Annual statistical returns and brief notes on vaccination in Bengal - 1887-1898
Year: 1887
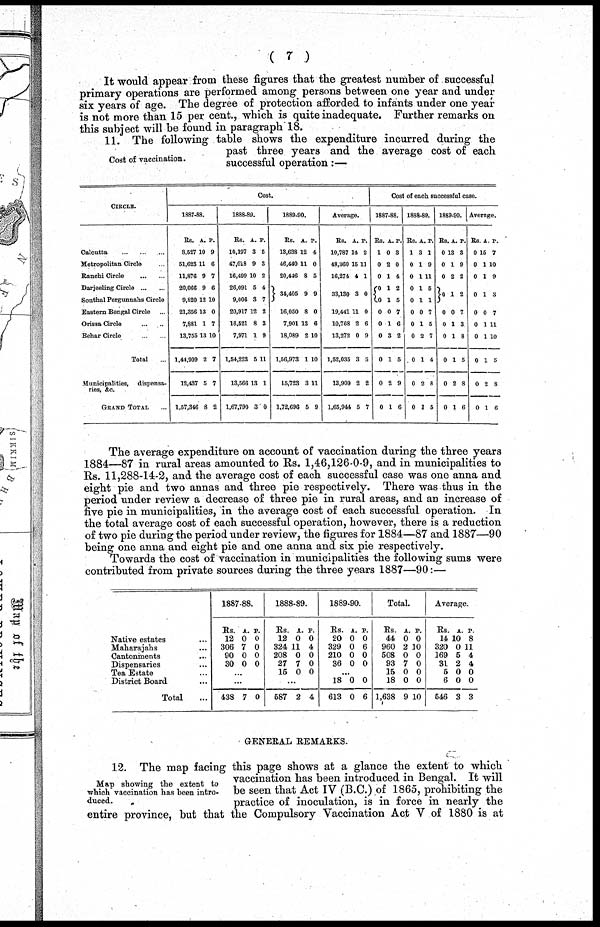
( 7 )
It would appear from these figures that the greatest number of successful
primary operations are performed among persons between one year and under
six years of age. The degree of protection afforded to infants under one year
is not more than 15 per cent., which is quite inadequate. Further remarks on
this subject will be found in paragraph 18.
Cost of vaccination.
11. The following table shows the expenditure incurred during the
past three years and the average cost of each
successful operation:—
CIRCLE.
Calcutta
...
...
...
Metropolitan Circle ...
Ranchi Circle
...
...
Darjeeling Circle
...
...
Sonthal Pergunnahs Circle
Eastern Bengal Circle
...
Orissa Circle
...
...
Behar Circle
...
...
Total
Municipalities,
dispensa-
ries, &c.
GRAND TOTAL ...
Cost.
1887-88.
Rs.
8,527
51,623
11,876
20,066
9,820
21,356
7,881
13,755
1,44,909
12,437
1,67,346
A.
10
11
9
9
12
13
1
13
2
5
8
P.
9
6
7
6
10
0
7
10
7
7
2
1888-89.
Rs.
10,197
47,018
16,499
26,091
9,006
20,917
16,521
7,971
1,54,223
13,566
1,67,790
A.
3
9
10
5
3
12
8
1
5
13
3
P.
5
3
2
4
7
2
3
9
11
1
0
1889-90.
Rs.
13,638
46,440
20,446
34,405
16,050
7,901
18,089
1,56,973
15,723
1,72,696
A.
12
11
8
9
8
13
2
1
3
5
P.
4
0
5
9
0
6
10
10
11
9
Average.
Rs.
10,787
48,360
16,274
33,130
19,441
10,768
13,272
1,52,035
13,909
1,65,944
A.
14
P.
2
15 11
4
3
11
2
0
3
2
5
1
0
0
6
9
5
2
7
Cost of each successful case.
1887-88
.
Rs.
1
0
0
0
0
0
0
0
0
0
0
A.
0
2
1
1
1
0
1
3
1
2
1
P.
3
0
4
2
5
7
6
2
5
9
6
1888-89.
Rs.
1
0
0
0
0
0
0
0
0
0
0
A
3
1
1
1
1
0
1
2
1
2
2
P.
1
9
11
5
1
7
5
7
4
8
5
1889-90.
Rs.
0
0
0
0
0
0
0
0
0
0
A.
13
1
2
1
0
1
1
1
2
1
P.
3
9
2
2
7
3
8
5
8
6
Average.
Rs.
0
0
0
0
0
0
0
0
0
0
A.
15
1
1
1
0
1
1
1
2
1
P.
7
10
9
3
7
11
10
5
8
6
The average expenditure on account of vaccination during the three years
1884—87 in rural areas amounted to Rs. 1,46,126-0-9, and in municipalities to
Rs. 11,288-14-2, and the average cost of each successful case was one anna and
eight pie and two annas and three pie respectively. There was thus in the
period under review a decrease of three pie in rural areas, and an increase of
five pie in municipalities, in the average cost of each successful operation. In
the total average cost of each successful operation, however, there is a reduction
of two pie during the period under review, the figures for 1884—87 and 1887—90
being one anna and eight pie and one anna and six pie respectively.
Towards the cost of vaccination in municipalities the following sums were
contributed from private sources during the three years 1887—90:—
Native estates ...
Maharajahs
....
Cantonments ...
Dispensaries ...
Tea Estate ...
District Board ...
Total ...
1887-88.
Rs.
12
306
90
30
A
0
7
0
0
P.
0
0
0
0
...
...
438 7 0
1888-89.
Rs.
12
324
208
27
15
A.
0
11
0
7
0
P.
0
4
0
0
0
...
587 2 4
1889-90.
Rs.
20
329
210
36
A.
0
0
0
0
P.
0
6
0
0
...
18
613
0
0
0
6
Total.
Rs.
44
960
508
93
15
18
1,638
A.
0
2
0
7
0
0
9
P.
0
10
0
0
0
0
10
Average.
Rs.
14
320
169
31
5
6
546
A.
10
0
5
2
0
0
3
P.
8
11
4
4
0
0
3
GENERAL REMARKS.
Map showing the extent to
which vaccination has been intro-
duced.
12. The map facing this page shows at a glance the extent to which
vaccination has been introduced in Bengal. It will
be seen that Act IV (B.C.) of 1865, prohibiting the
practice of inoculation, is in force in nearly the
entire province, but that the Compulsory Vaccination Act V of 1880 is at